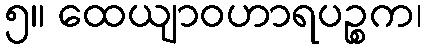
၅။ ထေယျာဝဟာရပဉ္စက၊